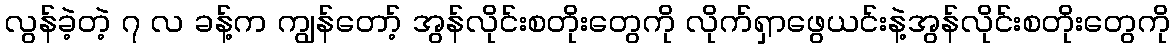
လွန်ခဲ့တဲ့ ၇ လ ခန့်က ကျွန်တော့် အွန်လိုင်းစတိုးတွေကို လိုက်ရှာဖွေယင်းနဲ့အွန်လိုင်းစတိုးတွေကို